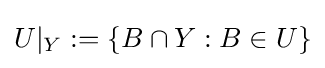
U\vert _{Y}:=\{B\cap Y:B\in U\}